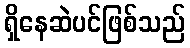
ရှိနေဆဲပင်ဖြစ်သည်